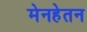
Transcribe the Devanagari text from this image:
मेनहेतन